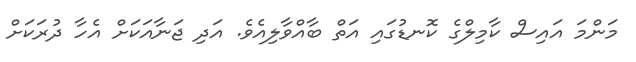
މަންމަ އައިސް ކާމިލްގެ ކޮނޑުގައި އަތް ބާއްވާލިއެވެ. އަދި ޖަނާއަކަށް އެހާ ދުރަކަށް